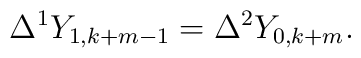
\Delta^1Y_{1,k+m-1}=\Delta^2Y_{0,k+m}.